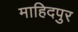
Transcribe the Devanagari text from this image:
माहिदपुर